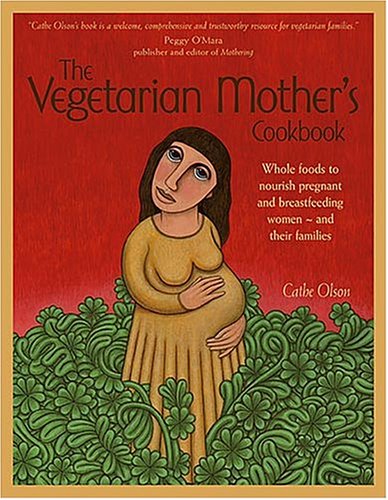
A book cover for The Vegetarian Mother's Cookbook: Whole Foods To Nourish Pregnant And Breastfeeding Women  - And Their Families; Cathe Olson; Cookbooks, Food & Wine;